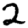
Digit: 2